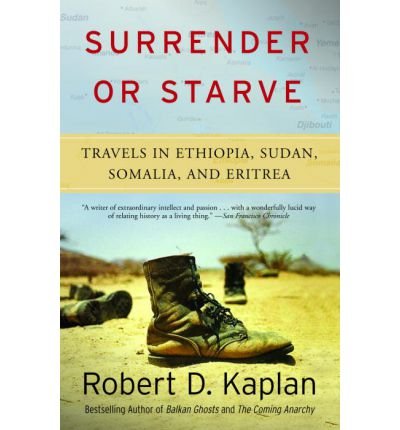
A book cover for [Surrender or Starve: Travels in Sudan, Ethiopia, Somalia, and Eritrea] (By: Robert D Kaplan) [published: November, 2003]; Robert D Kaplan; Travel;